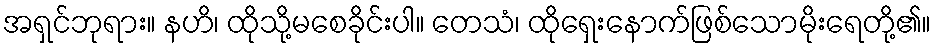
အရှင်ဘုရား။ နဟိ၊ ထိုသို့မစေခိုင်းပါ။ တေသံ၊ ထိုရှေးနောက်ဖြစ်သောမိုးရေတို့၏။